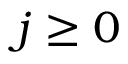
j \geq 0